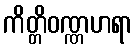
ကိတ္တိဝဏ္ဏဟရာ